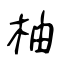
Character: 柚